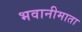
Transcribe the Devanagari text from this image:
भवानीमाता